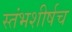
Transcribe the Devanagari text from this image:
स्तंभशीर्षच